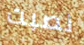
نصبت